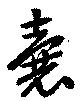
嚢